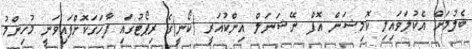
ބެލުމަށް އެކުލަވައިލި ކޮމިޝަން އޮފް ނޭޝަނަލް އިންކުއަރީ (ކޯނީ)ގެ ރިޕޯޓުގައި ފާހަގަކޮށްފައިވަނީ މުހިންމު